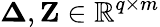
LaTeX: \mathbf{\Delta},\mathbf{Z}\in\mathbb{R}^{q\times m}